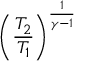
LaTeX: \left( { \frac { T _ { 2 } } { T _ { 1 } } } \right) ^ { \frac { 1 } { \gamma - 1 } }